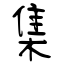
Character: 集